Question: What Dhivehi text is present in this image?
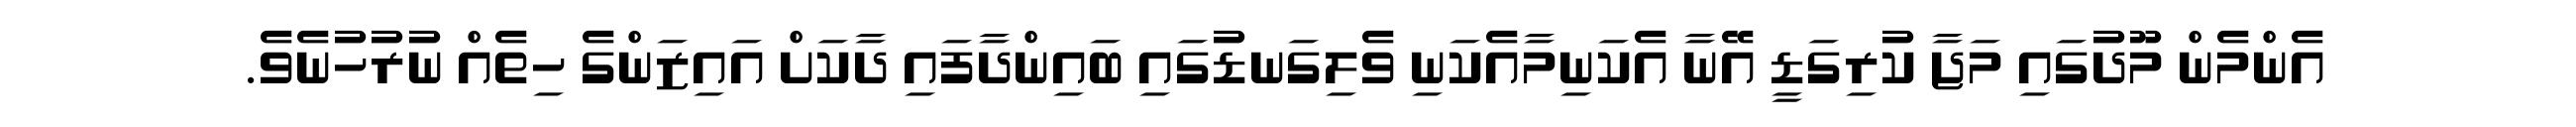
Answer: އެންމެން މޫދުގައި މަޖާ ކުރިގަޑީ އޭނާ އެކަނިމާއެކަނި ވެލިގަނޑުގައި ބައިންދާފައި ދާކަށް އައިޒަންގެ ހިތެއް ނުރުހުނެވެ.